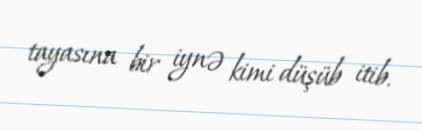
tayasına bir iynə kimi düşüb itib.